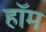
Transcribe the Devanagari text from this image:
हॉम